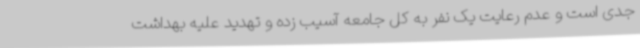
جدی است و عدم رعایت یک نفر به کل جامعه آسیب زده و تهدید علیه بهداشت